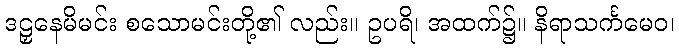
ဒဠှနေမိမင်း စသောမင်းတို့၏ လည်း။ ဥပရိ၊ အထက်၌။ နိရာသင်္ကမေဝ၊